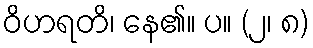
ဝိဟရတိ၊ နေ၏။ ပ။ (၂၊ ၈)